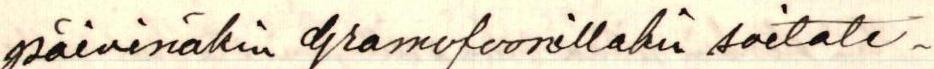
päivinäkin gramofoonillakin soitate-